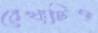
রেখাটিও